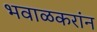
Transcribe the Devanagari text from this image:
भवाळकरांन